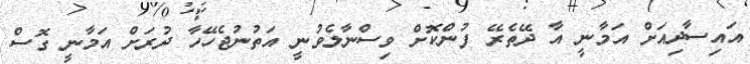
އައިސާދިއަށް އަމާނީ އާ ދޭތެރޭ ފުންކޮށް ވިސްނާލެވުނީ އަތުނުޖެހޭހާ ދުރަށް އަމާނީ ގޮސް